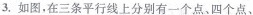
3. 如图，在三条平行线上分别有一个点、四个点、